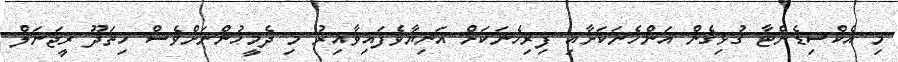
މި އެކްސިޑެންޓާ ގުޅިގެން އަންހެނަކަށާއި ފިރިހެނަކަށް އަނިޔާވެފައިވާއިރު މި ދެމީހުންނަށްވެސް ހިތަދޫ ރީޖަނަލް